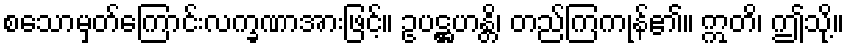
စသောမှတ်ကြောင်းလက္ခဏာအားဖြင့်။ ဥပဋ္ဌဟန္တိ၊ တည်ကြကုန်၏။ ဣတိ၊ ဤသို့။